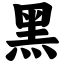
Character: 黑